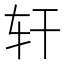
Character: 轩